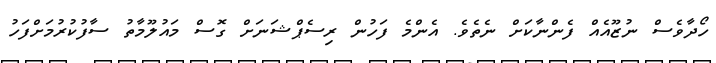
ހޯދާވެސް ނުޒޫއެއް ފެންނާކަށް ނެތެވެ. އެންމެ ފަހުން ރިސެޕްޝަނަށް ގޮސް މައުލޫމާތު ސާފުކުރުމަށްފަހު